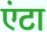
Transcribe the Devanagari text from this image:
एंटा